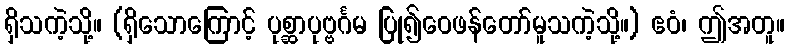
ရှိသကဲ့သို့။ (ရှိသောကြောင့် ပုစ္ဆာပုဗ္ဗင်္ဂမ ပြု၍ဝေဖန်တော်မူသကဲ့သို့။) ဧဝံ၊ ဤအတူ။